Supplement to the account of plague administration in the Bombay Presidency from September 1896 till May 1897
Year: 1896
Disease focus: Plague
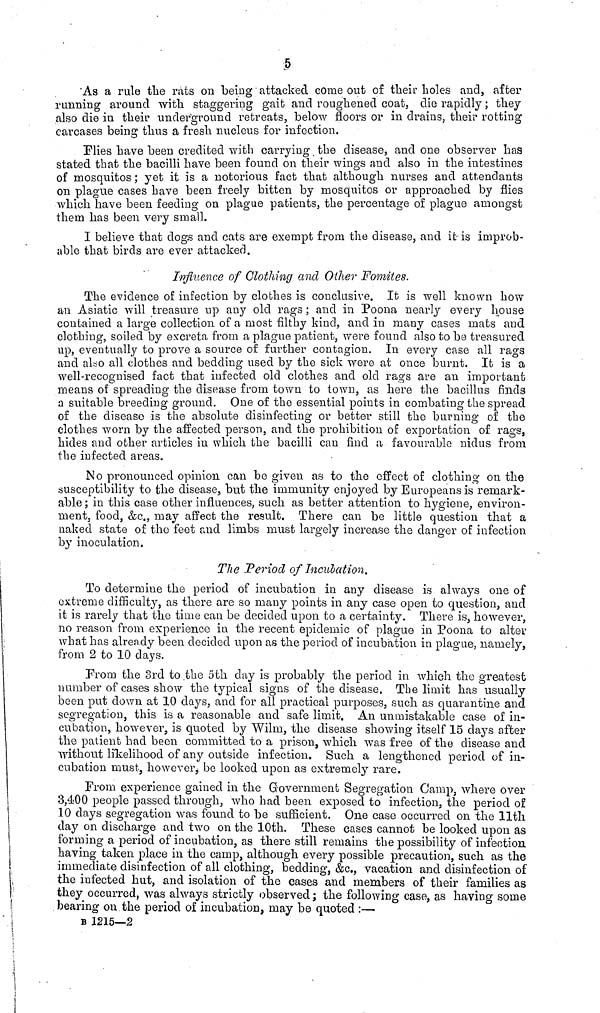
5
As a rule the rats on being attacked come out of their holes and, after
running around with staggering gait and roughened coat, die rapidly; they
also die in their underground retreats, below floors or in drains, their rotting
carcases being thus a fresh nucleus for infection.
Plies have been credited with carrying the disease, and one observer has
stated that the bacilli have been found on their wings and also in the intestines
of mosquitos ; yet it is a notorious fact that although nurses and attendants
on plague cases have been freely bitten by mosquitos or approached by flies
which have been feeding on plague patients, the percentage of plague amongst
them has been very small.
I believe that dogs and cats are exempt from the disease, and it is improb-
able that birds are ever attacked.
Influence of Clothing and Other Fomites.
The evidence of infection by clothes is conclusive. It is well known how
an Asiatic will treasure up any old rags ; and in Poona nearly every house
contained a large collection of a most filthy kind, and in many cases mats and
clothing, soiled by excreta from a plague patient, were found also to be treasured
up, eventually to prove a source of further contagion. In every case all rags
and also all clothes and bedding used by the sick were at once burnt. It is a
well-recognised fact that infected old clothes and old rags are an important
means of spreading the disease from town to town, as here the bacillus finds
a suitable breeding ground. One of the essential points in combating the spread
of the disease is the absolute disinfecting or better still the burning of the
clothes worn by the affected person, and the prohibition of exportation of rags,
hides and other articles in which the bacilli can find a favourable nidus from
the infected areas.
No pronounced opinion can be given as to the effect of clothing on the
susceptibility to the disease, but the immunity enjoyed by Europeans is remark-
able ; in this case other influences, such as better attention to hygiene, environ-
ment, food, &c., may affect the result. There can be little question that a
naked state of the feet and limbs must largely increase the danger of infection
by inoculation.
The Period of Incubation.
To determine the period of incubation in any disease is always one of
extreme difficulty, as there are so many points in any case open to question, and
it is rarely that the time can be decided upon to a certainty. There is, however,
no reason from experience in the recent epidemic of plague in Poona to alter
what has already been decided upon as the period of incubation in plague, namely,
from 2 to 10 days.
From the 3rd to the 5th day is probably the period in which the greatest
number of cases show the typical signs of the disease, The limit has usually
been put down at 10 days, and for all practical purposes, such as quarantine and
segregation, this is a reasonable and safe limit. An unmistakable case of in-
cubation, however, is quoted by Wilm, the disease showing itself 15 days after
the patient had been committed to a prison, which was free of the disease and
without likelihood of any outside infection. Such a lengthened period of in-
cubation must, however, be looked upon as extremely rare.
From experience gained in the Government Segregation Camp, where over
3,400 people passed through, who had been exposed to infection, the period of
10 clays segregation was found to be sufficient. One case occurred on the 11th
day on discharge and two on the 10th. These cases cannot be looked upon as
forming a period of incubation, as there still remains the possibility of infection
having taken place in the camp, although every possible precaution, such as the
immediate disinfection of all clothing, bedding, &c., vacation and disinfection of
the infected hut, and isolation of the cases and members of their families as
they occurred, was always strictly observed ; the following case, as having some
bearing on the period of incubation, may be quoted :—
B 1215—2